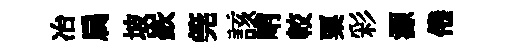
冶扄坡嶔筦該峭較粟彩源倦